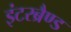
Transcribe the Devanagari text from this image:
इंटरब्रैण्ड